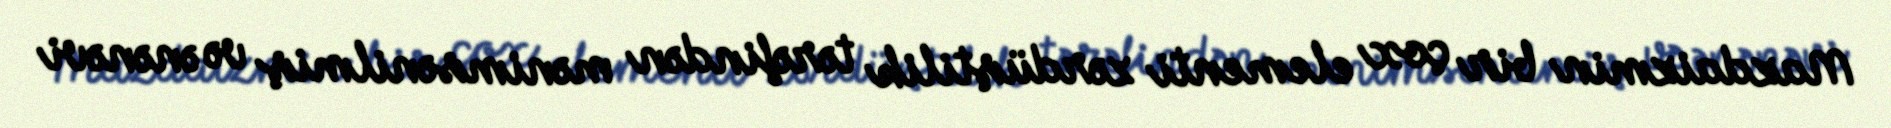
Mazdaizmin bir çox elementi zərdüştilik tərəfindən mənimsənilmiş və ənənəvi